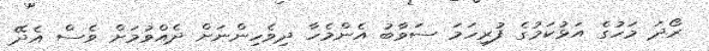
ރޯދަ މަހުގެ އަޅުކަމުގެ ފުރިހަމަ ސަވާބު އެންމެހާ ދިވެހިންނަށް ދެއްވުމަށް ވެސް އެދޭ